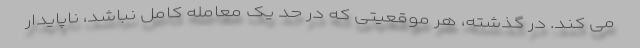
می کند. در گذشته، هر موقعیتی که در حد یک معامله کامل نباشد، ناپایدار